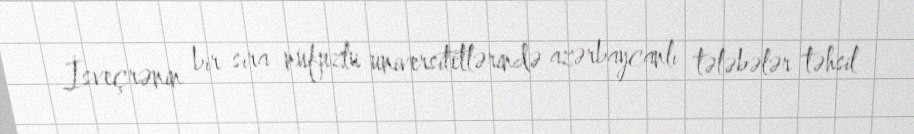
İsveçrənin bir sıra nüfuzlu universitetlərində azərbaycanlı tələbələr təhsil